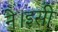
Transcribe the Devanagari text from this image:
ने।इसी